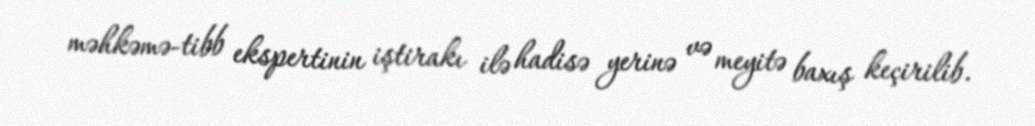
məhkəmə-tibb ekspertinin iştirakı ilə hadisə yerinə və meyitə baxış keçirilib.